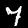
Label: 7